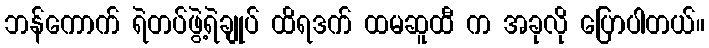
ဘန်ကောက် ရဲတပ်ဖွဲ့ရဲချုပ် ထိရဒက် ထမဆူထီ က အခုလို ပြောပါတယ်။